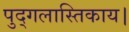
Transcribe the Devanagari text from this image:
पुद्गलास्तिकाय।